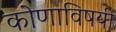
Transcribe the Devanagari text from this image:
कोणाविषयी